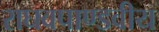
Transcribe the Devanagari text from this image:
राघवपाण्डवीय